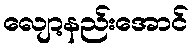
လျော့နည်းအောင်